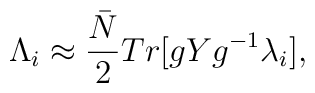
{\Lambda}_i \approx\frac{{\bar N}}{2}Tr[gYg^{-1}{\lambda}_i],